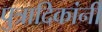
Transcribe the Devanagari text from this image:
पुत्रादिकांनीं